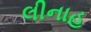
લીનાહ